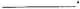
___